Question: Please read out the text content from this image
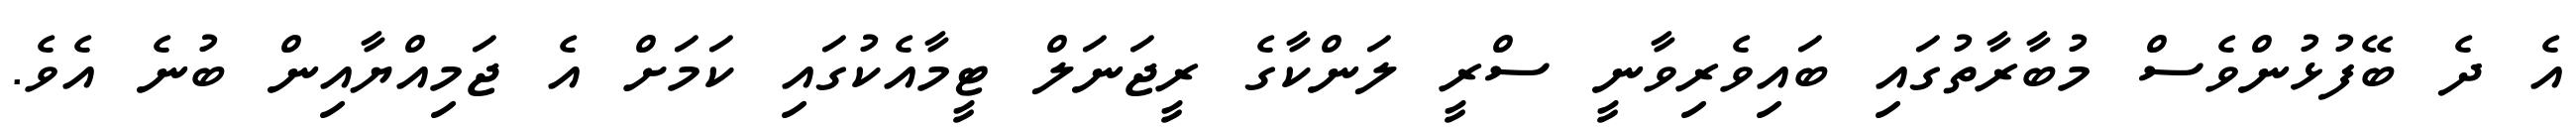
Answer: އެ ދެ ބޭފުޅުންވެސް މުބާރާތުގައި ބައިވެރިވާނީ ސްރީ ލަންކާގެ ރީޖަނަލް ޓީމާއެކުގައި ކަމަށް އެ ޖަމިއްޔާއިން ބުނެ އެވެ.